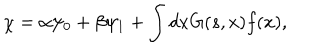
LaTeX: \chi = \alpha \psi _ { 0 } + \beta \psi _ { 1 } + \int d x G ( s , x ) f ( x ) ,